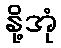
နို့အုံ